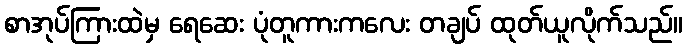
စာအုပ်ကြားထဲမှ ရေဆေး ပုံတူကားကလေး တချပ် ထုတ်ယူလိုက်သည်။